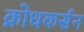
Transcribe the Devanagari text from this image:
क्रोधकर्सन